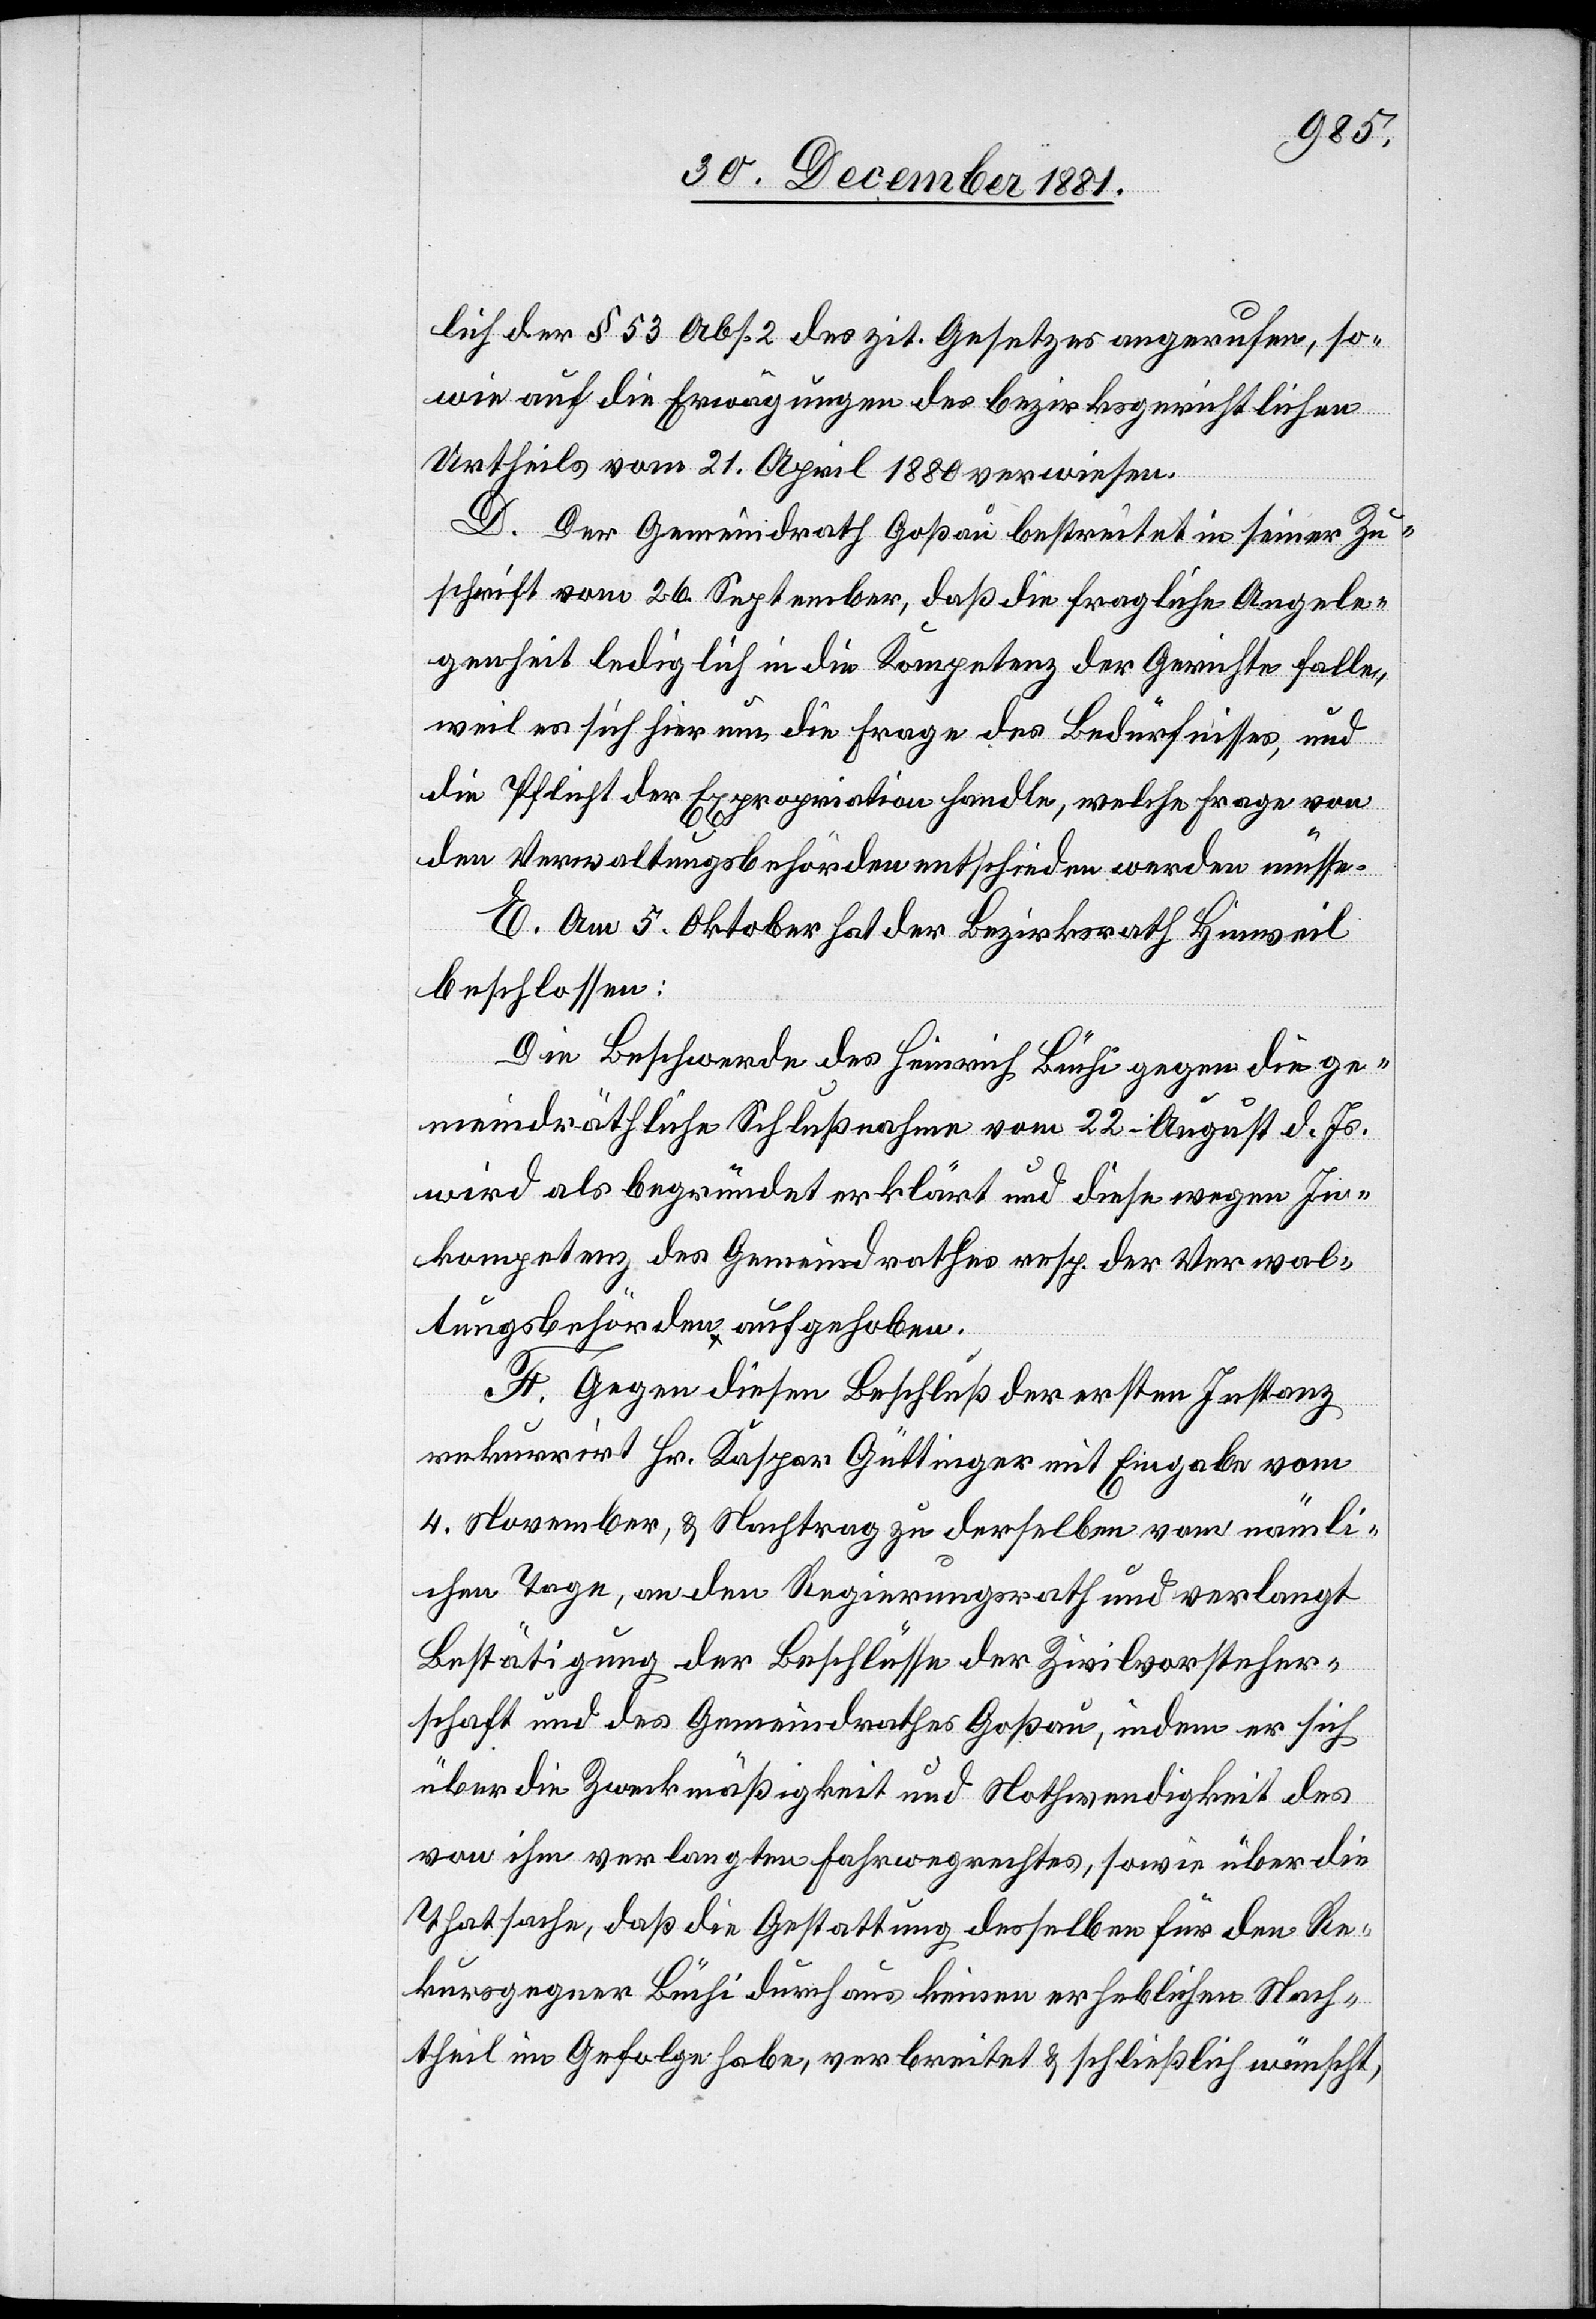
lich der § 53 Abs. 2 des zit. Gesetzes angerufen, so¬
wie auf die Erwägungen des bezirksgerichtlichen
Urtheils vom 21. April 1880 verwiesen.
D. Der Gemeindrath Goßau bestreitet in seiner Zu¬
schrift vom 26. September, daß die fragliche Angele¬
genheit lediglich in die Kompetenz der Gerichte falle,
weil es sich hier um die Frage des Bedürfnisses, und
die Pflicht der Expropriation handle, welche Frage von
den Verwaltungsbehörden entschieden werden müsse.
E. Am 5. Oktober hat der Bezirksrath Hinweil
beschlossen:
Die Beschwerde des Heinrich Büchi gegen die ge¬
meindräthliche Schlußnahme vom 22. August d. Js.
wird als begründet erklärt und diese wegen In¬
kompetenz des Gemeindrathes resp. der Verwal¬
tungsbehörden aufgehoben.
F. Gegen diesen Beschluß der ersten Instanz
rekurrirt Hr. Kaspar Güttinger mit Eingabe vom
4. November, & Nachtrag zu derselben vom nämli¬
chen Tage, an den Regierungsrath und verlangt
Bestätigung der Beschlüsse der Zivilvorsteher¬
schaft und des Gemeindrathes Goßau, indem er sich
über die Zweckmäßigkeit und Nothwendigkeit des
von ihm verlangten Fahrwegrechtes, sowie über die
Thatsache, daß die Gestattung desselben für den Re¬
kursgegner Büchi durchaus keinen erheblichen Nach¬
theil im Gefolge habe, verbreitet & schließlich wünscht,